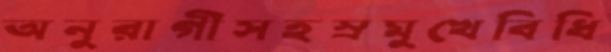
অনুরাগীসহস্রমুখেবিধি